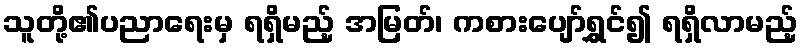
သူတို့၏ပညာရေးမှ ရရှိမည့် အမြတ်၊ ကစားပျော်ရွှင်၍ ရရှိလာမည့်